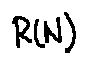
R ( N )